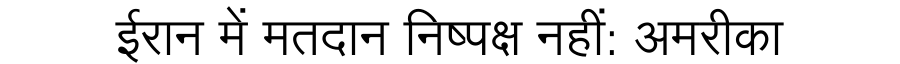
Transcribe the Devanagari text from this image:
ईरान में मतदान निष्पक्ष नहीं: अमरीका